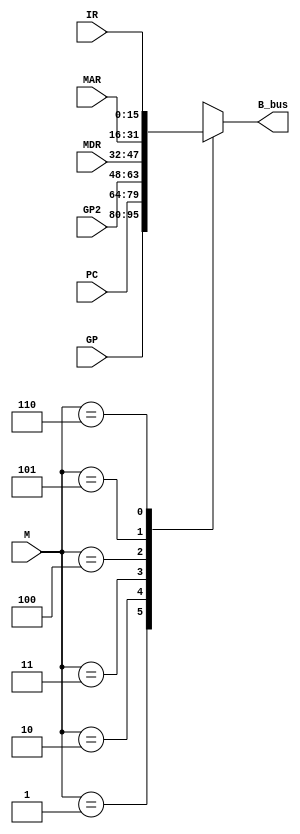
`timescale 1ns / 1ps

module B_bus_MUX(
	 input [15:0] PC,
    input [15:0] MDR,
    input [15:0] MAR,
	 input [15:0] IR,
    input [15:0] GP,
	 input [15:0] GP2,
    input [2:0] M,
    output reg [15:0] B_bus
    );

	always @(*) begin
		case(M)
			3'b000 : B_bus <=  16'bx;
			3'b001 : B_bus <= GP;
			3'b010 : B_bus <= PC;
			3'b011 : B_bus <= GP2;
			3'b100 : B_bus <= MDR;
			3'b101 : B_bus <= MAR;
			3'b110 : B_bus <= IR;
			3'b111 : B_bus <=  16'bx;
			default:	  B_bus <= 16'bx;
		endcase
	end
endmodule